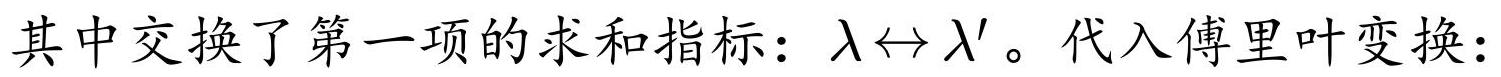
其中交换了第一项的求和指标：$\lambda \leftrightarrow \lambda'$。代入傅里叶变换：